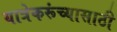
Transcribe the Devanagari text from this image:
यात्रेकरूंच्यासाठी